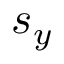
s _ { y }